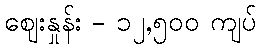
ဈေးနှုန်း - ၁၂,၅၀၀ ကျပ်